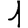
Digit: 1